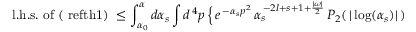
\mathrm { l . h . s . \ o f \ ( \ r e f { t h 1 } ) } \ \leq \int _ { \alpha _ { 0 } } ^ { \alpha } d \alpha _ { s } \int d ^ { \, 4 } p \, \Bigl \{ \, e ^ { \, - \alpha _ { s } p ^ { 2 } } \, \alpha _ { s } ^ { \, - 2 l + s + 1 + \frac { \vert \omega \vert } { 2 } } \, P _ { 2 } ( \, \vert \log ( \alpha _ { s } ) \vert \, )